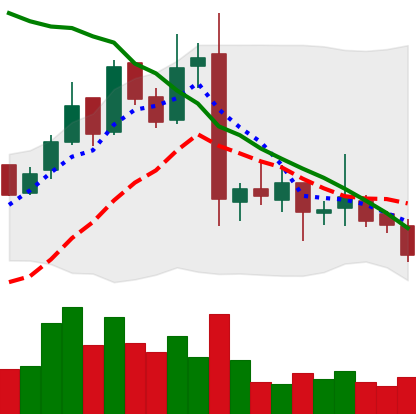
Ticker: LTC-USD
Chart end date: 2016-11-12
Forward return: 4.764%
Label: up_3_5